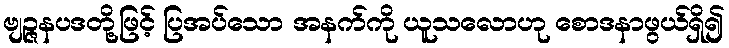
ဗျဉ္ဇနပဒတို့ဖြင့် ပြအပ်သော အနက်ကို ယူသလောဟု စောဒနာဖွယ်ရှိ၍